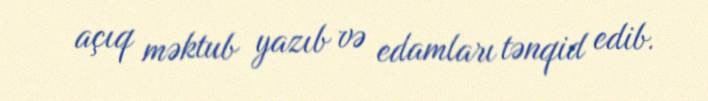
açıq məktub yazıb və edamları tənqid edib.